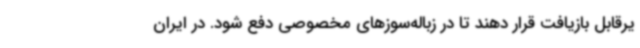
یرقابل بازیافت قرار دهند تا در زباله‌سوزهای مخصوصی دفع شود. در ایران